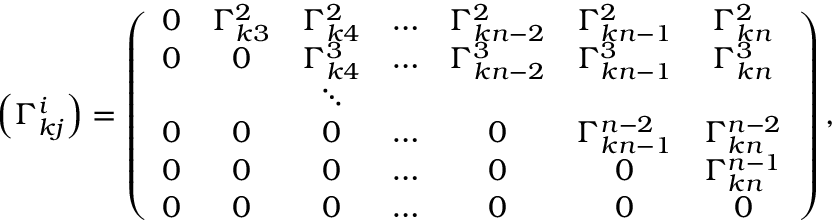
\begin{array} { r } { \left( \Gamma _ { k j } ^ { i } \right) = \left( \begin{array} { c c c c c c c } { 0 } & { \Gamma _ { k 3 } ^ { 2 } } & { \Gamma _ { k 4 } ^ { 2 } } & { \ldots } & { \Gamma _ { k n - 2 } ^ { 2 } } & { \Gamma _ { k n - 1 } ^ { 2 } } & { \Gamma _ { k n } ^ { 2 } } \\ { 0 } & { 0 } & { \Gamma _ { k 4 } ^ { 3 } } & { \ldots } & { \Gamma _ { k n - 2 } ^ { 3 } } & { \Gamma _ { k n - 1 } ^ { 3 } } & { \Gamma _ { k n } ^ { 3 } } \\ & & { \ddots } & & & & \\ { 0 } & { 0 } & { 0 } & { \ldots } & { 0 } & { \Gamma _ { k n - 1 } ^ { n - 2 } } & { \Gamma _ { k n } ^ { n - 2 } } \\ { 0 } & { 0 } & { 0 } & { \ldots } & { 0 } & { 0 } & { \Gamma _ { k n } ^ { n - 1 } } \\ { 0 } & { 0 } & { 0 } & { \ldots } & { 0 } & { 0 } & { 0 } \end{array} \right) , } \end{array}